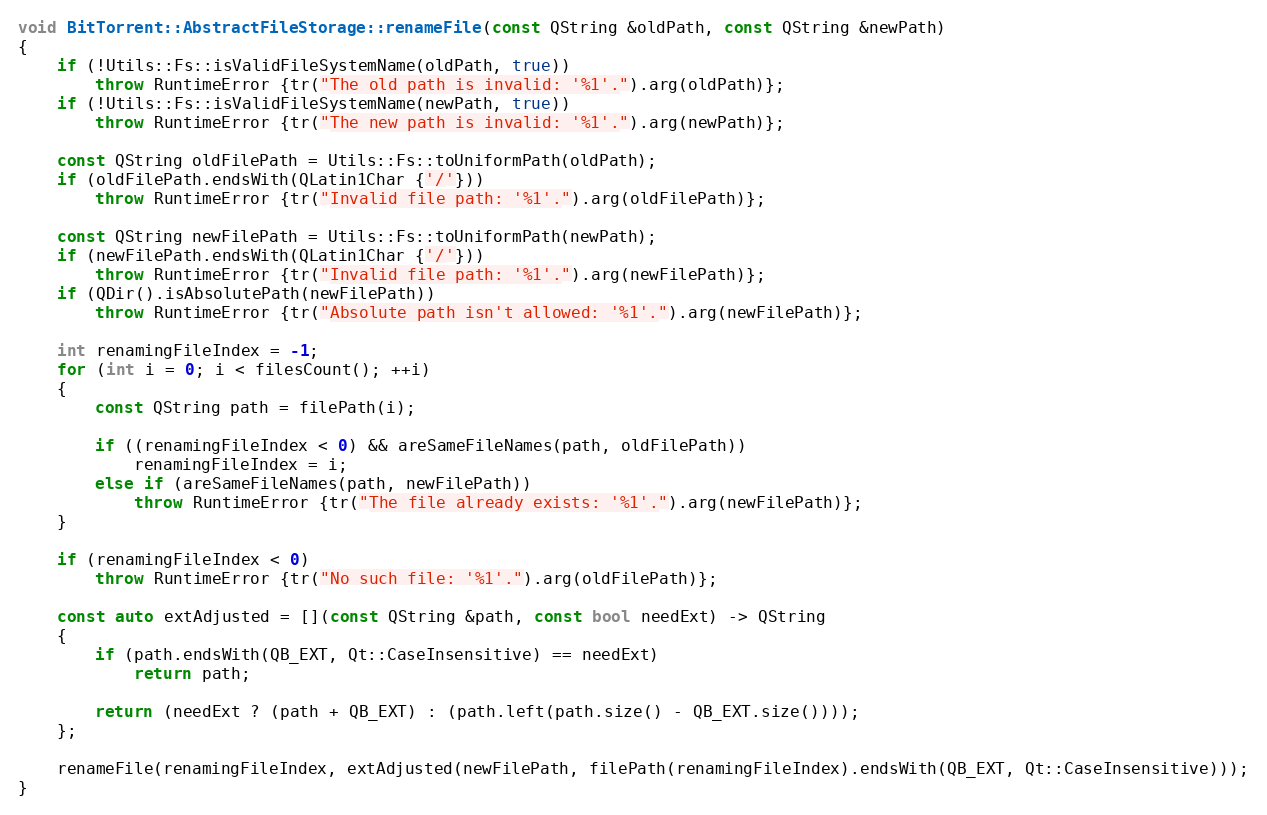
Language: C++
void BitTorrent::AbstractFileStorage::renameFile(const QString &oldPath, const QString &newPath)
{
    if (!Utils::Fs::isValidFileSystemName(oldPath, true))
        throw RuntimeError {tr("The old path is invalid: '%1'.").arg(oldPath)};
    if (!Utils::Fs::isValidFileSystemName(newPath, true))
        throw RuntimeError {tr("The new path is invalid: '%1'.").arg(newPath)};

    const QString oldFilePath = Utils::Fs::toUniformPath(oldPath);
    if (oldFilePath.endsWith(QLatin1Char {'/'}))
        throw RuntimeError {tr("Invalid file path: '%1'.").arg(oldFilePath)};

    const QString newFilePath = Utils::Fs::toUniformPath(newPath);
    if (newFilePath.endsWith(QLatin1Char {'/'}))
        throw RuntimeError {tr("Invalid file path: '%1'.").arg(newFilePath)};
    if (QDir().isAbsolutePath(newFilePath))
        throw RuntimeError {tr("Absolute path isn't allowed: '%1'.").arg(newFilePath)};

    int renamingFileIndex = -1;
    for (int i = 0; i < filesCount(); ++i)
    {
        const QString path = filePath(i);

        if ((renamingFileIndex < 0) && areSameFileNames(path, oldFilePath))
            renamingFileIndex = i;
        else if (areSameFileNames(path, newFilePath))
            throw RuntimeError {tr("The file already exists: '%1'.").arg(newFilePath)};
    }

    if (renamingFileIndex < 0)
        throw RuntimeError {tr("No such file: '%1'.").arg(oldFilePath)};

    const auto extAdjusted = [](const QString &path, const bool needExt) -> QString
    {
        if (path.endsWith(QB_EXT, Qt::CaseInsensitive) == needExt)
            return path;

        return (needExt ? (path + QB_EXT) : (path.left(path.size() - QB_EXT.size())));
    };

    renameFile(renamingFileIndex, extAdjusted(newFilePath, filePath(renamingFileIndex).endsWith(QB_EXT, Qt::CaseInsensitive)));
}